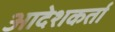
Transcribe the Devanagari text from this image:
आदेशकर्ता